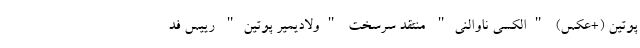
پوتین (+عکس) "الکسی ناوالنی" منتقد سرسخت "ولادیمیر پوتین" رییس فد